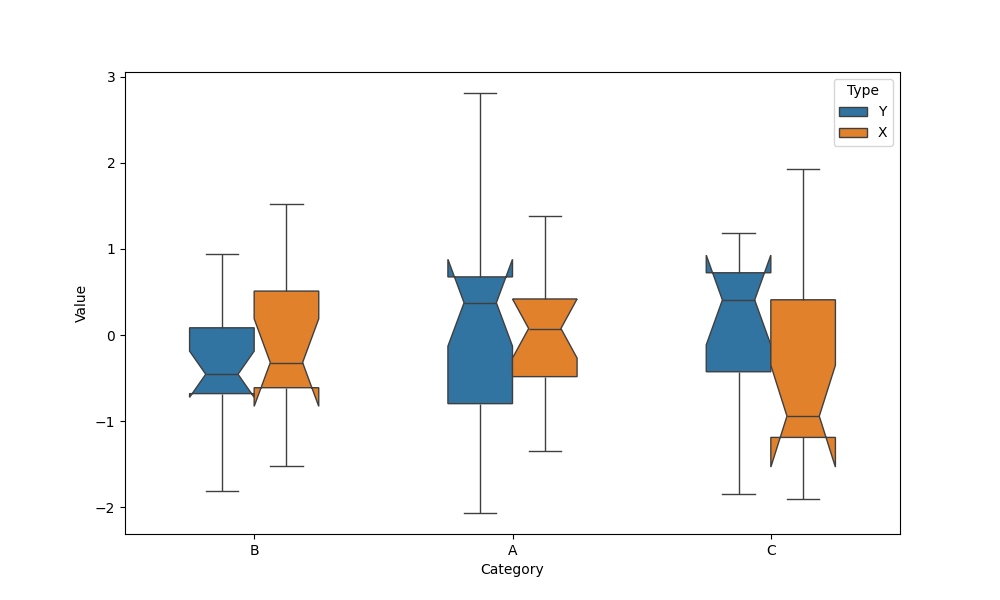
python, seaborn, boxplot, width=0.5, linewidth=1, fliersize=5, notch=True